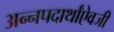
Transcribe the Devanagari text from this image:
अन्नपदार्थांऐवजी